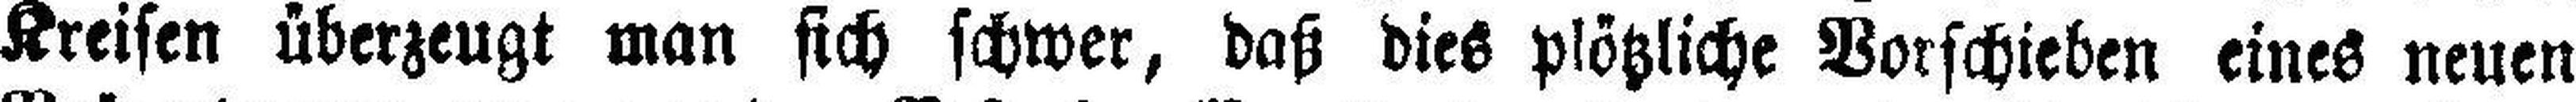
Kreisen überzeugt man sich schwer, daß dies plötzliche Vorschieben eines neuen